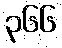
၃၆၆